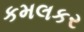
કમલકર